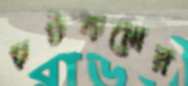
চটকলের